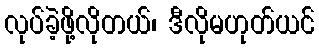
လုပ်ခဲ့ဖို့လိုတယ်၊ ဒီလိုမဟုတ်ယင်